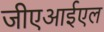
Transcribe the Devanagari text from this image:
जीएआईएल